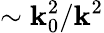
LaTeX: \sim{\mathbf{k}_{0}^{2}}/{\mathbf{k}^{2}}